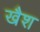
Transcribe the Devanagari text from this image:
खैश